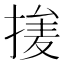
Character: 𰔞